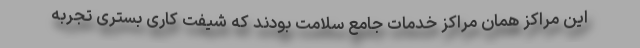
این مراکز همان مراکز خدمات جامع سلامت بودند که شیفت کاری بستری تجربه